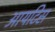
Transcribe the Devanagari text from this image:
आयटिस